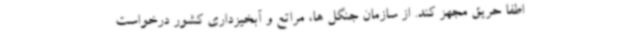
اطفا حریق مجهز کند. از سازمان جنگل ها، مراتع و آبخیزداری کشور درخواست